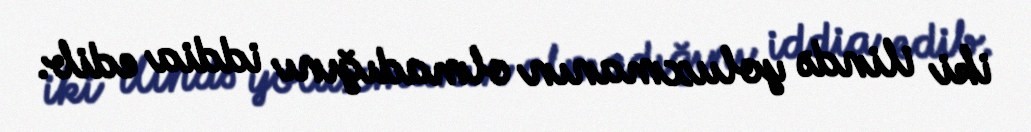
iki ilində yoluxmanın olmadığını iddia edib.